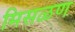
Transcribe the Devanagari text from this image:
मिसळण